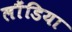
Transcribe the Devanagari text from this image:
लौंडिया